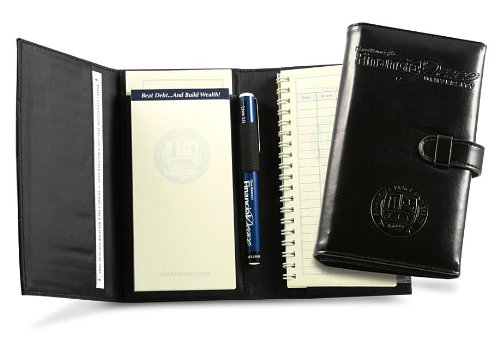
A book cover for Deluxe Executive Envelope System (Dave Ramsey's Financial Peace University); Dave Ramsey; Education & Teaching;